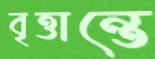
বৃত্তান্তে